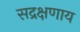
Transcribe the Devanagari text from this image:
सद्रक्षणाय